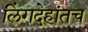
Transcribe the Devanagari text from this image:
लिंगदेहांतच